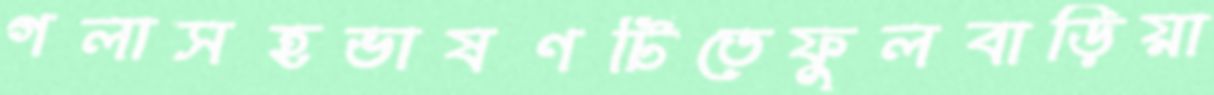
গলাসহভাষণটিতেফুলবাড়িয়া